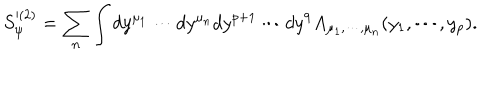
S _ { \psi } ^ { ( 2 ) } = \sum _ { n } \int d y ^ { \mu _ { 1 } } \cdots d y ^ { \mu _ { n } } d y ^ { p + 1 } \cdots d y ^ { 9 } A _ { \mu _ { 1 } , \cdots , \mu _ { n } } ( y _ { 1 } , \cdots , y _ { p } ) .